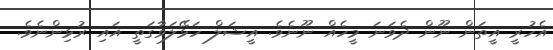
އެހުރީ އީތަން ނޫން ދެވަނަ މީހެއް ނޫނެވެ. އީޝަލް ހަޅޭލަވާގަތީ އައި ރުޅިންނެވެ.